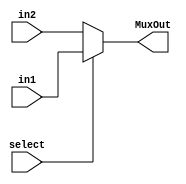
`timescale 1ns/1ns
module Mux5bit2to1(input select, input [4:0]in1,in2, output [4:0]MuxOut);
  assign MuxOut = select ? in1 : in2;
endmodule